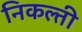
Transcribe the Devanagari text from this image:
निकल्ती